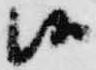
候